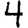
Digit: 4